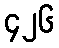
၄၂၆